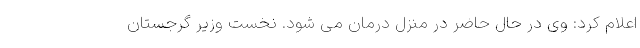
اعلام کرد: وی در حال حاضر در منزل درمان می شود. نخست وزیر گرجستان